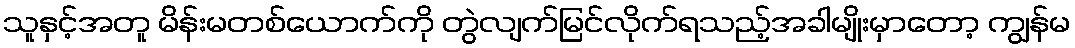
သူနှင့်အတူ မိန်းမတစ်ယောက်ကို တွဲလျက်မြင်လိုက်ရသည့်အခါမျိုးမှာတော့ ကျွန်မ